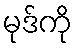
မုဒ်ကို